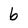
Character: 6